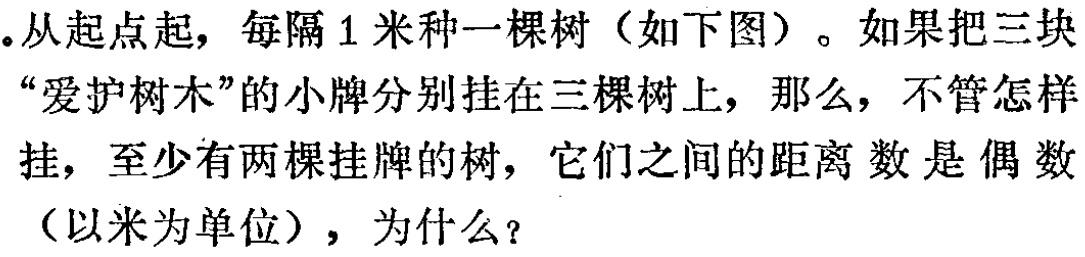
。从起点起，每隔 1 米种一棵树（如下图）。如果把三块“爱护树木”的小牌分别挂在三棵树上，那么，不管怎样挂，至少有两棵挂牌的树，它们之间的距离数是偶数（以米为单位），为什么？